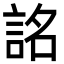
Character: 詺